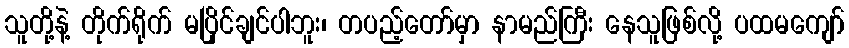
သူတို့နဲ့ တိုက်ရိုက် မပြိုင်ချင်ပါဘူး၊ တပည့်တော်မှာ နာမည်ကြီး နေသူဖြစ်လို့ ပထမကျော်